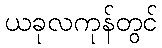
ယခုလကုန်တွင်